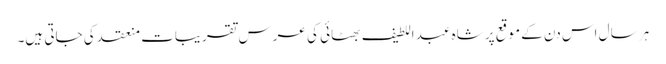
ہر سال اس دن کے موقع پر شاہ عبد اللطیف بھٹائی کی عرس تقریبات منعقد کی جاتی ہیں۔